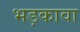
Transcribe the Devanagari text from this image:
भड़कावा